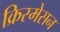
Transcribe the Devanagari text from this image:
क्रिस्मेसन